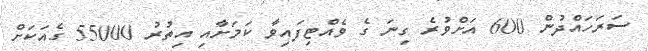
ސަރަހައްދުން 600 އަށްވުރެ ގިނަ ގެ ވެއްޓިފައިވާ ކަމަށާއި އިތުރު 55000 ގެއަކަށް